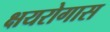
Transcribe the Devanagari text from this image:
क्षयरोगास